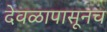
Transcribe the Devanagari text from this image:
देवळापासूनच